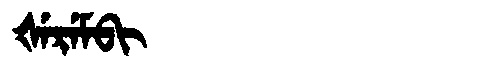
Manchu: ᡧᡝᡵᡝᠮᠪᡳ
Romanization: ŠEREMBI